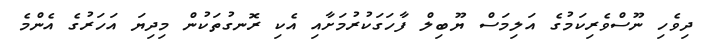
ދިވެހި ނޫސްވެރިކަމުގެ އަލިމަސް ޔޫބިލް ފާހަގަކުރުމަށާއި އެކި ރޮނގުތަކުން މިދިޔަ އަހަރުގެ އެންމެ